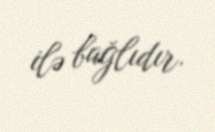
ilə bağlıdır.